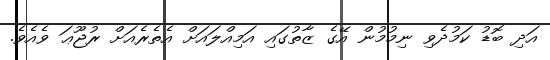
އަދި ބޮޑު ކަމުދެވި ނިމުމުން އޭގެ ޒާތުގައި އަމިއްލައަށް އެތެރެއަށް ރުޖޫޢަ ވެއެވެ.